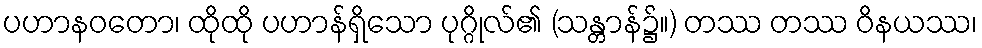
ပဟာနဝတော၊ ထိုထို ပဟာန်ရှိသော ပုဂ္ဂိုလ်၏ (သန္တာန်၌။) တဿ တဿ ဝိနယဿ၊